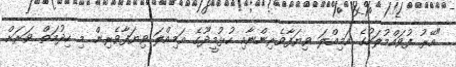
"އޭރު ފުވައްމުލަކުގެ އަމިއްލަ ވިޔަފާވެރިންނާއި ހުޅުމީދޫގެ އަމިއްލަ ވިޔަފާވެރިން މި ހިދުމަތް ވަރަށް